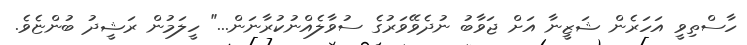
ހާސްތިވީ އަހަރެން ޝަޒީނާ އަށް ޖަވާބު ނުދެވޭވަރުގެ ސުވާލެއްނުކުރާނަން..." ހީލަމުން ރަޝީދު ބުންޏެވެ.